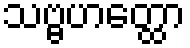
သဗ္ဗဟတ္ထော